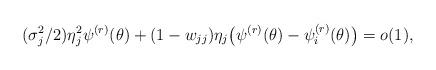
LaTeX: \begin{align*} (\sigma^2_j/2) \eta_j^2\psi^{(r)}(\theta) + (1-w_{jj}) \eta_j \bigl ( \psi^{(r)}(\theta)-\psi^{(r)}_i(\theta) \bigr ) = o(1), \end{align*}